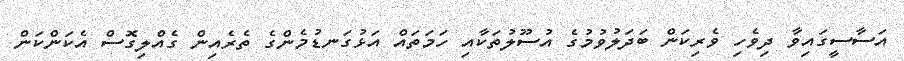
އަސާސީގައިވާ ދިވެހި ވެރިކަން ބަދަލުވުމުގެ އުސޫލުތަކާއި ހަމަތައް އަޅުގަނޑުމެންގެ ތެރެއިން ގެއްލިގޮސް އެކަންކަން